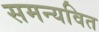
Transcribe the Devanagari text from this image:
समन्यवित